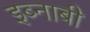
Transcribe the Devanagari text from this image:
इब्नाबी